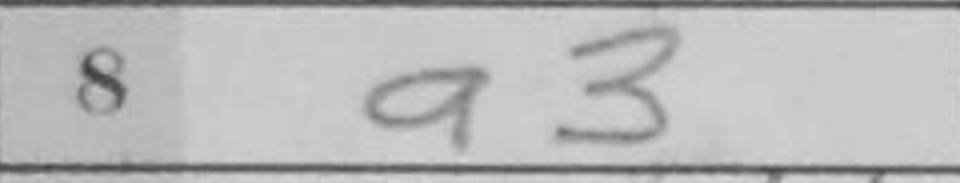
Transcription: a3